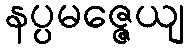
နပ္ပမဇ္ဇေယျ